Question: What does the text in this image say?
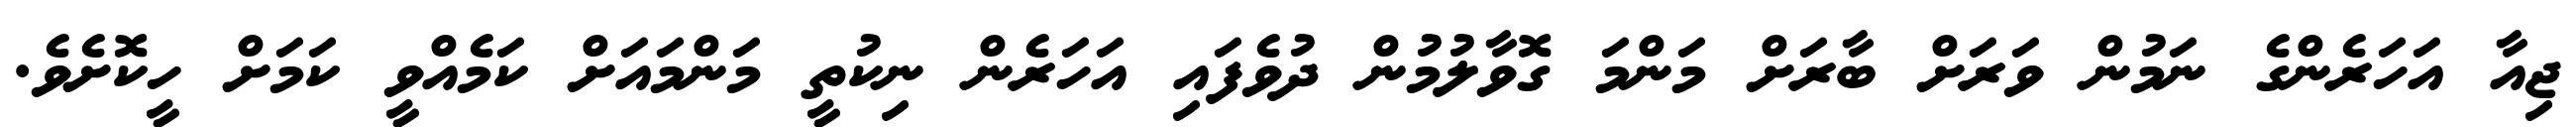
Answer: ޖިއާ އަހަރެންގެ ނަމުން ވަރަށް ބާރަށް މަންމަ ގޮވާލުމުން ދުވެފައި އަހަރެން ނިކުތީ މަންމައަށް ކަމެއްވީ ކަމަށް ހީކޮށެވެ.